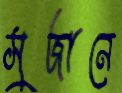
সুজানে